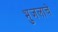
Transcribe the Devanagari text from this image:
भुजलाचे